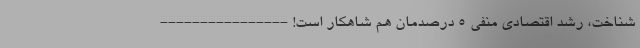
شناخت، رشد اقتصادی منفی 5 درصدمان هم شاهکار است! ----------------